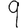
Digit: 9